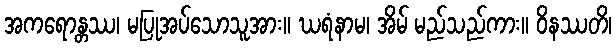
အကရောန္တဿ၊ မပြုအပ်သောသူအား။ ဃရံနာမ၊ အိမ် မည်သည်ကား။ ဝိနဿတိ၊